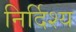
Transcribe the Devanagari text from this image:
निर्दिश्य